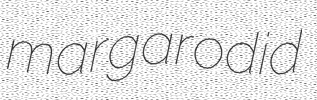
margarodid